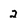
Character: 2